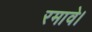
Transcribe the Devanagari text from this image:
रमावे।